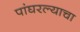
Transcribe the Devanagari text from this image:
पांघरल्याचा